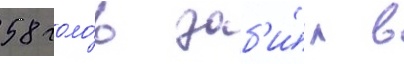
58 голо́в заб'и́л в